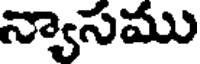
న్యాసము